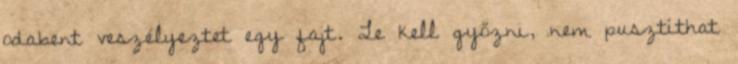
odabent veszélyeztet egy fajt. Le kell győzni, nem pusztíthat